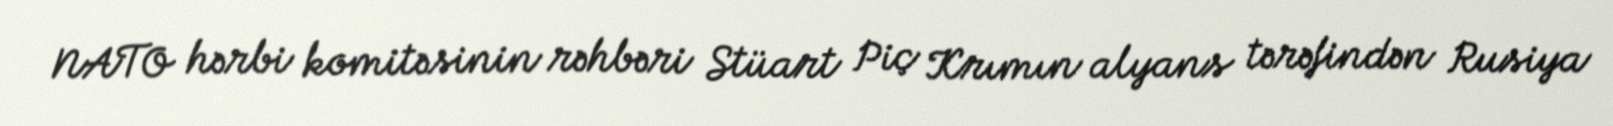
NATO hərbi komitəsinin rəhbəri Stüart Piç Krımın alyans tərəfindən Rusiya